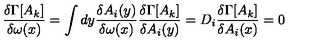
\frac { \delta \Gamma [ A _ { k } ] } { \delta \omega ( x ) } = \int d y \frac { \delta A _ { i } ( y ) } { \delta \omega ( x ) } \frac { \delta \Gamma [ A _ { k } ] } { \delta A _ { i } ( y ) } = D _ { i } \frac { \delta \Gamma [ A _ { k } ] } { \delta A _ { i } ( x ) } = 0